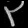
Digit: ၃